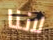
لاننا